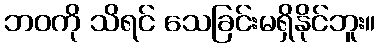
ဘဝကို သိရင် သေခြင်းမရှိနိုင်ဘူး။